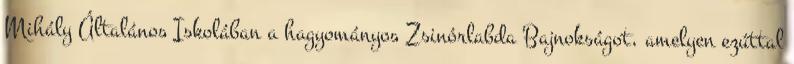
Mihály Általános Iskolában a hagyományos Zsinórlabda Bajnokságot, amelyen ezúttal